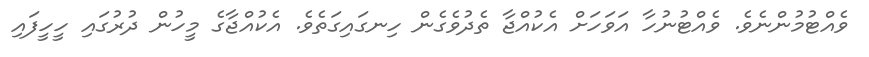
ވެއްޓުމުންނެވެ. ވެއްޓުނުހާ އަވަހަށް އެކުއްޖާ ތެދުވެގެން ހިނގައިގަތެވެ. އެކުއްޖާގެ މީހުން ދުރުގައި ހީހީފައި